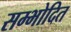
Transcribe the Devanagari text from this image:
सम्भोदित